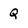
Character: Q